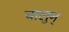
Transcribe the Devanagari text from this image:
चालुन्